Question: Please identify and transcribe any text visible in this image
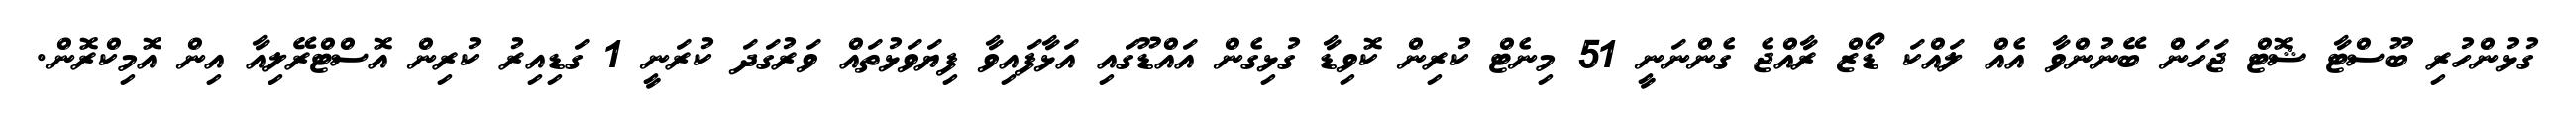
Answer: ގުޅުންހުރި ބޫސްޓާ ޝޮޓް ޖަހަން ބޭނުންވާ އެއް ލައްކަ ޑޯޒް ރާއްޖެ ގެންނަނީ 51 މިނެޓް ކުރިން ކޮވިޑާ ގުޅިގެން އައްޑޫގައި އަޅާފައިވާ ފިޔަވަޅުތައް ވަރުގަދަ ކުރަނީ 1 ގަޑިއިރު ކުރިން އޮސްޓްރޭލިއާ އިން އޮމިކްރޮން.